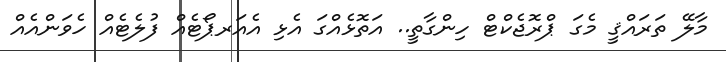
މާލޭ ތަރައްޤީ މެގަ ޕްރޮޖެކްޓް ހިންގާތީ.. އަތޮޅެއްގަ އެޅި އެއަރޕޯޓެއް ފުލެޓެއް ހެވަންއެއް